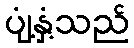
ပျံ့နှံ့သည်